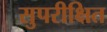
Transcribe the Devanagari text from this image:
सुपरीक्षित